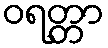
ဝရတ္တာ